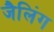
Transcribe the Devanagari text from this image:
जैलिंग